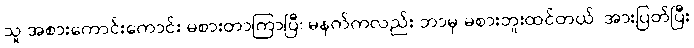
သူ အစားကောင်းကောင်း မစားတာကြာပြီ၊ မနက်ကလည်း ဘာမှ မစားဘူးထင်တယ်၊ အားပြတ်ပြီး